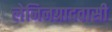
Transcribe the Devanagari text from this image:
लेनिनग्रादवासी